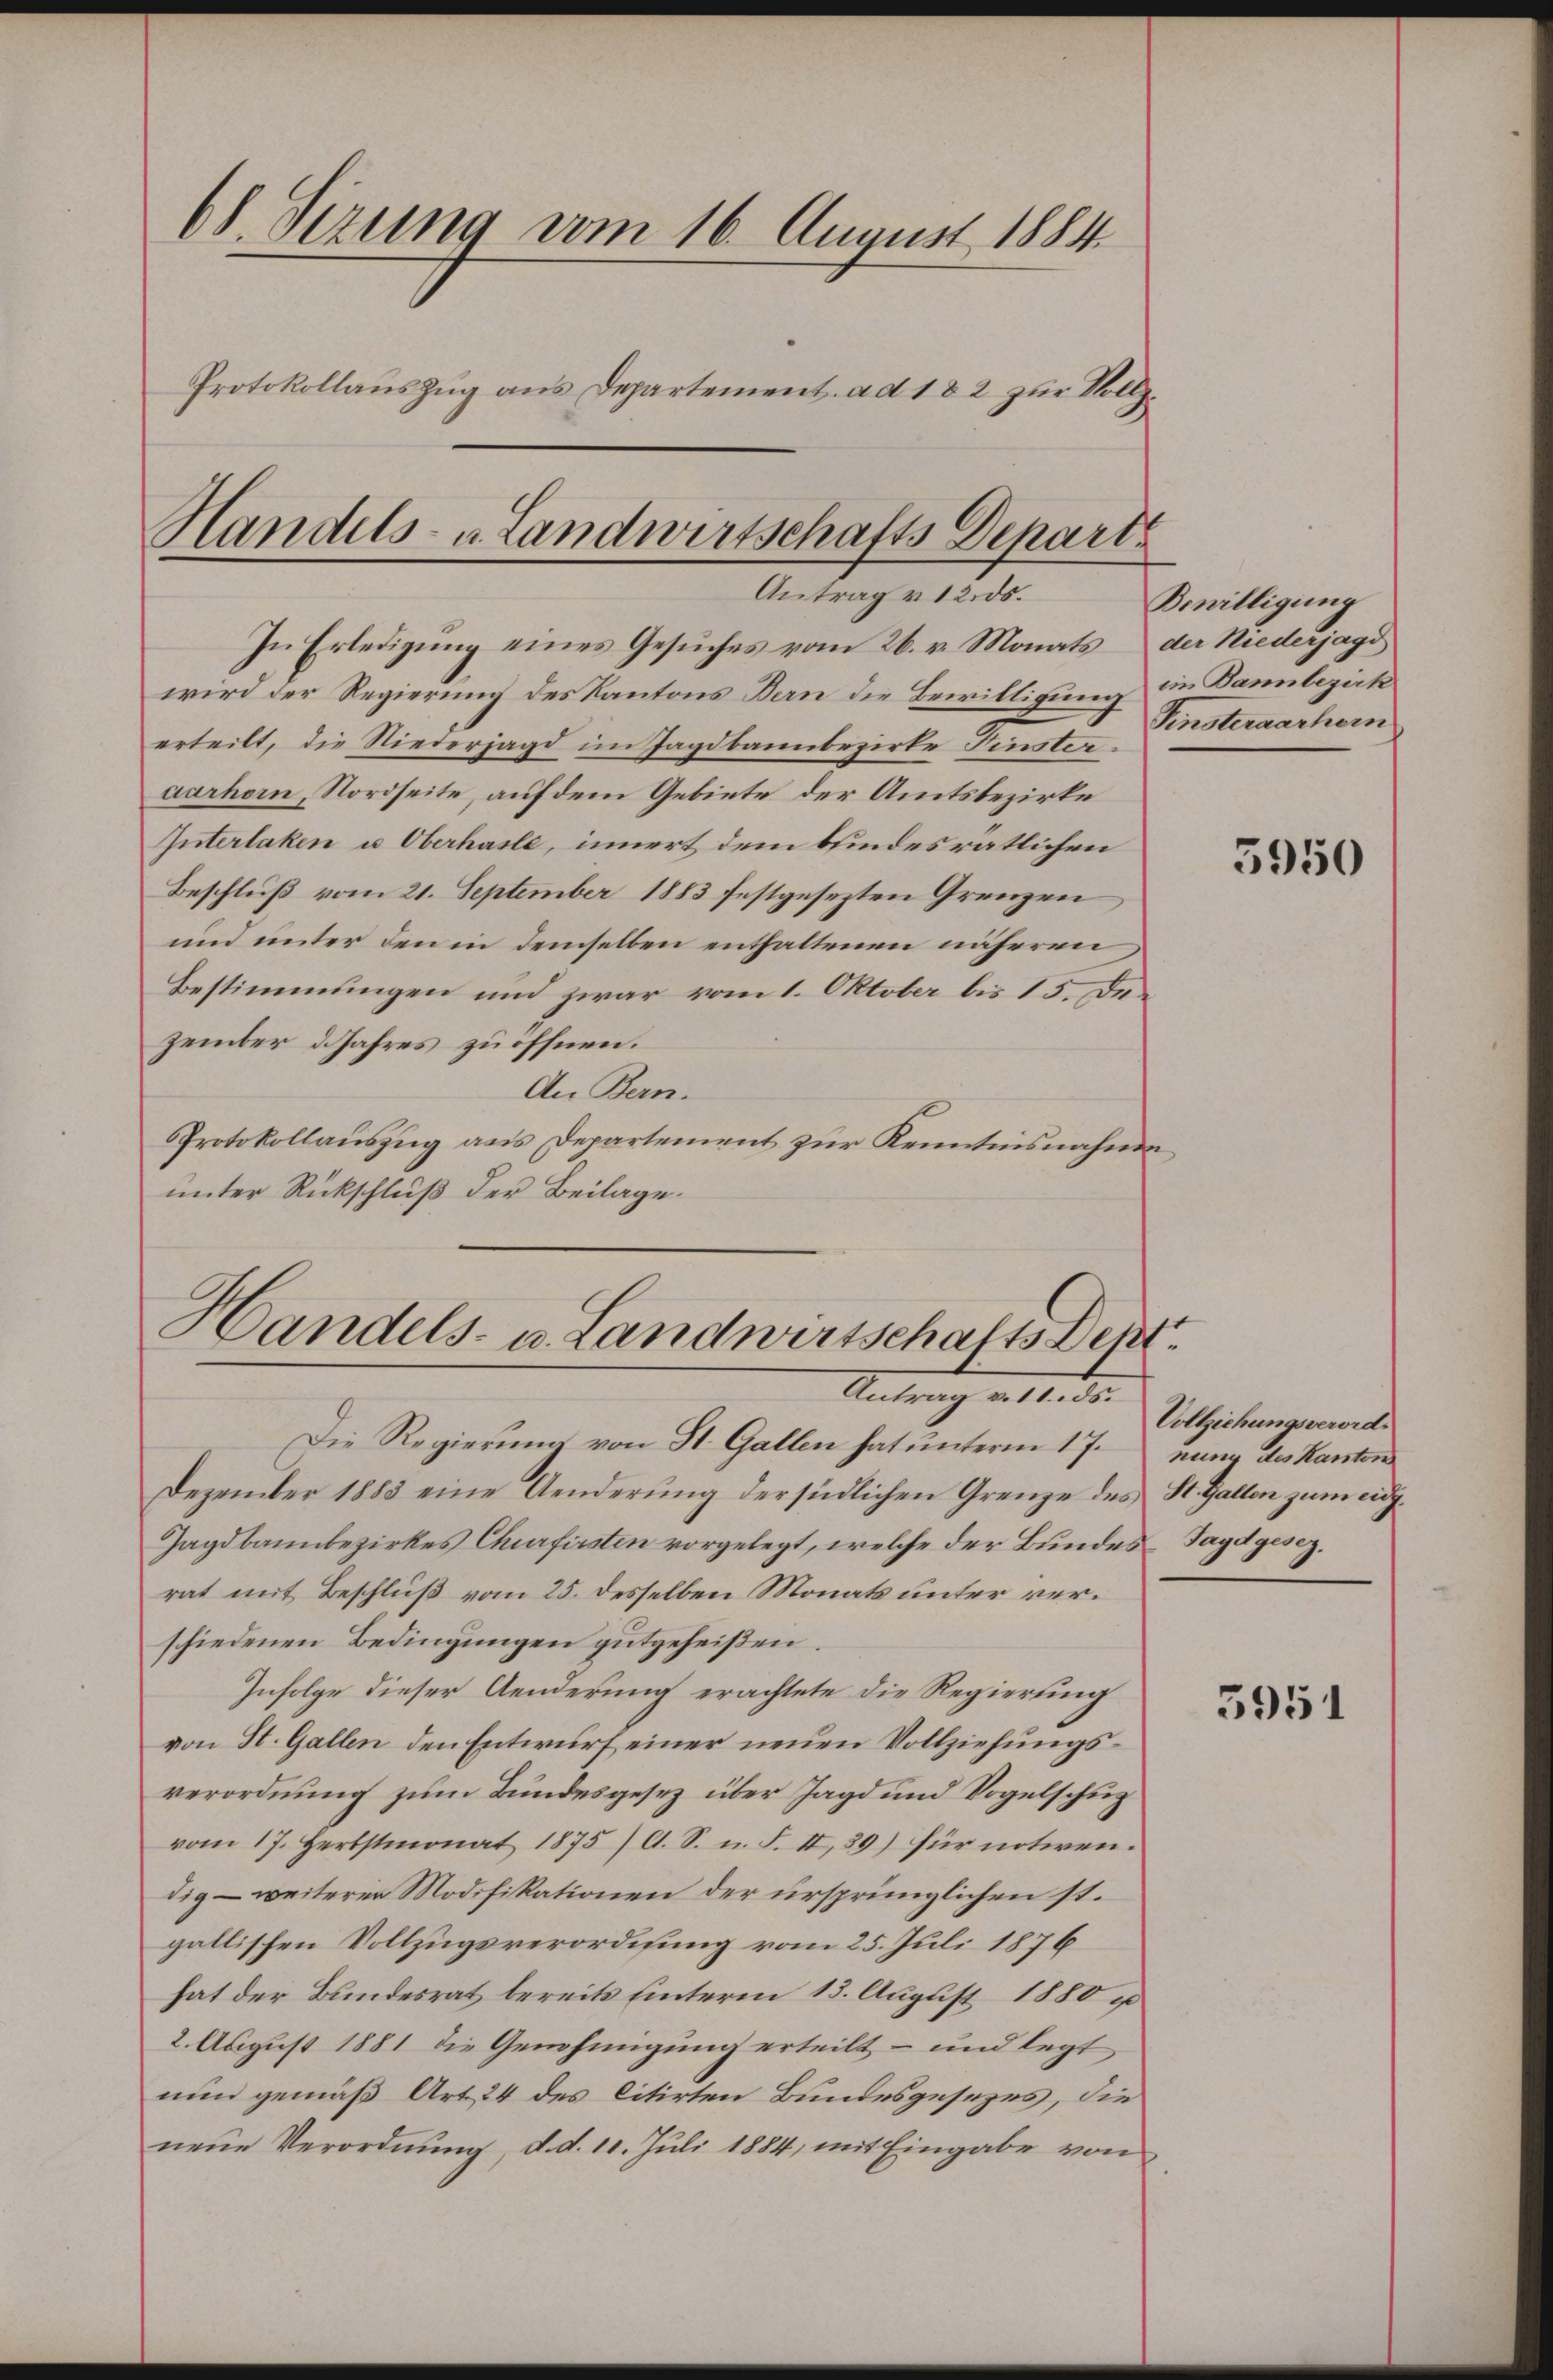
68. Sizung vom 16. August 1884
Protokollauszug aus Departement ad 182 zur Vollz
Handels- u. Landwirtschafts Departe

Antrag v. 12. ds.

In Erledigung eines Gesuches vom 26. v. Monats der Niederjagd
wird der Regierung des Kantons Bern die Bewilligung in Bannbezirk
erteilt, die Niederjagd im Jagdbannbezirke Finsteraarhorn, Nordseite, auf dem Gebiete der Amtsbezirke
Interlaken u. Oberhasle, innert dem bindesrätlichen
Beschluß vom 21. September 1883 festgesezten Grenzen,
und unter den in demselben enthaltenen näheren
Bestimmungen und zwar vom 1. Oktober bis 15. Dezember Jahres zu öffnen.
An Bern.
Protokollauszug aus Departement zur Kenntnisnahme
unter Rückschluß der Beilage.

Handels- u. Landwirtschafts Dent
Antrag d. 15. ds.

Bewilligung
Finsteraarhern

Die Regierung von St. Gallen hat unterm 17. nung des Kanton
Dezember 1883 eine Aenderŭng der südlichen Grenze des St. Gallen zum eidg.
Jagdbannbezirkes Churfirsten vorgelegt, welche der Bundes Jagdgesezrat mit Beschluß vom 25. desselben Monats unter verschiedenen Bedingungen gutgeheißen.
Infolge dieser Aenderung erachtete die Regierung
von St. Gallen den Entwurf einer neuen Vollziehungsverordnung zum Bundesgesetz über Jagd und Vogelschup
vom 17. Herbstmonat 1875 / A. S. n. F. II 39) für notiren.
dig – weiterer Modifikationen der ursprünglichen st.
gallischen Vollzugsverordnung vom 25. Juli 1876
hat der Bundesrat bereits hinterm 13. August 1880 p
2. August 1881 die Genehmigung erteilt – und legt
nun gemäß Art. 24 des litirten Bundesgesezes, die
neue Verordnŭng, d. d. 10. Juli 1884, mit Eingabe von

5950

Vollziehungsverord¬

5951